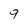
Character: 9